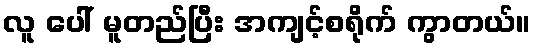
လူ ပေါ် မူတည်ပြီး အကျင့်စရိုက် ကွာတယ်။